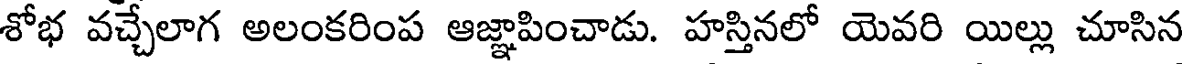
శోభ వచ్చేలాగ అలంకరింప ఆజ్ఞాపించాడు. హస్తినలో యెవరి యిల్లు చూసిన